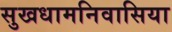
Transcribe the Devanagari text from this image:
सुखधामनिवासिया